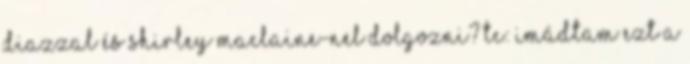
Diazzal és Shirley MacLaine-nel dolgozni? TC: Imádtam ezt a